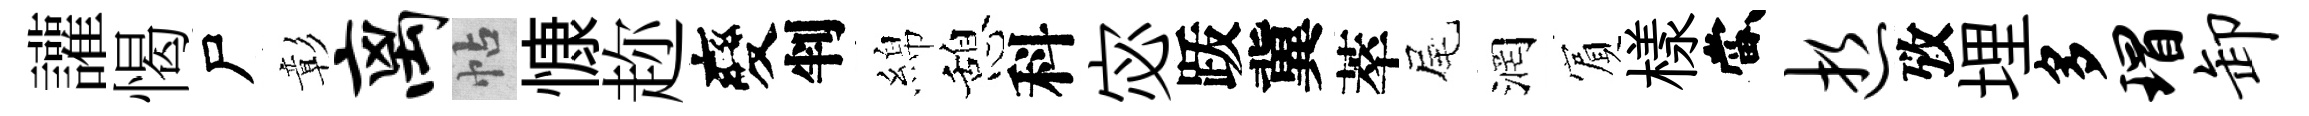
讙愒尸彰离帖慷趂變判綿憩科宓䟦冀萃尾润賔樣當逝攷埋多瑁卸